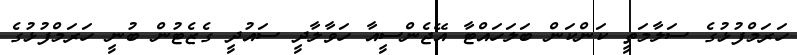
ހަރަމްފުޅުގެ ސަލާމަތީ ކަންކަން ބަލަހައްޓާ އޭޖެންސީއާ ހަވާލާދީ ސައުދީ ގެޒެޓުން ބުނީ ހަރަމްފުޅުގެ